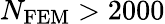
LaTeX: N_{\mathrm{FEM}}>2000